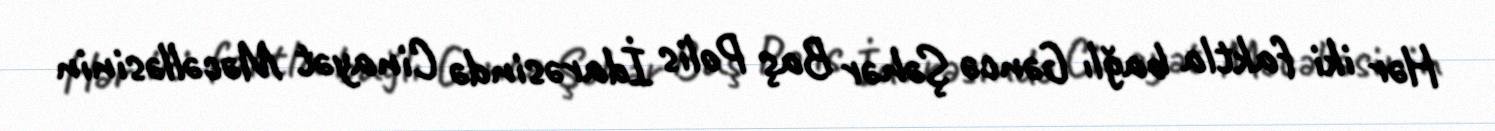
Hər iki faktla bağlı Gəncə Şəhər Baş Polis İdarəsində Cinayət Məcəlləsinin